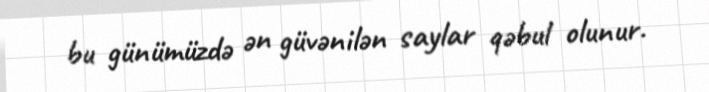
bu günümüzdə ən güvənilən saylar qəbul olunur.